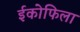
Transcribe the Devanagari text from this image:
ईकोफिला